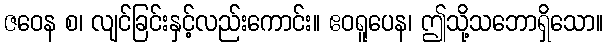
ဇဝေန စ၊ လျင်ခြင်းနှင့်လည်းကောင်း။ ဧဝရူပေန၊ ဤသို့သဘောရှိသော။